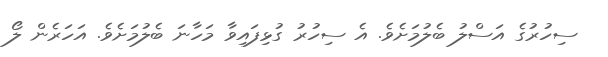
ސިހުރުގެ އަސްލު ބެލުމަށެވެ. އެ ސިހުރު ގުޅިފައިވާ މަހާނަ ބެލުމަށެވެ. އަހަރެން ލޯ